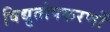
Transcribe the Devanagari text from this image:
विद्युतोपकरणों